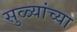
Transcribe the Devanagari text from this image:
सुळ्यांच्या